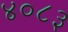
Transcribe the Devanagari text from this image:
४०८३